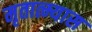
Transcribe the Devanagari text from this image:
मृतात्म्यास